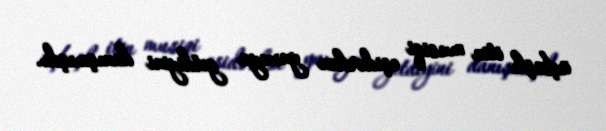
üçbaşlı itin musiqi eşidərkən yuxuya getdiyini danışmışdı.